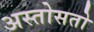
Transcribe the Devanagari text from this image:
अस्तोसतो